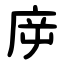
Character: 㡿